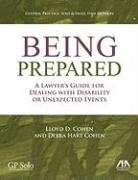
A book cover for Being Prepared: A Lawyer's Guide for Dealing with Disability and Unexpected Events; Lloyd D. Cohen; Law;